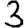
Digit: 3